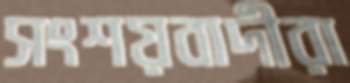
সংশয়বাদীরা